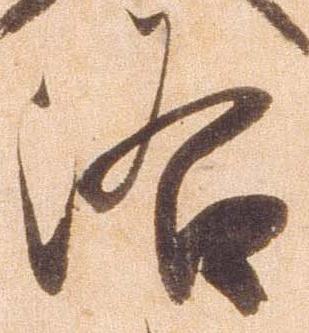
落